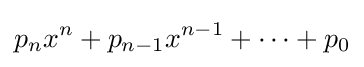
p_{n}x^{n}+p_{n-1}x^{n-1}+\cdots +p_{0}